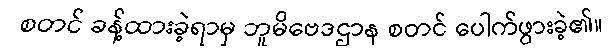
စတင် ခန့်ထားခဲ့ရာမှ ဘူမိဗေဒဌာန စတင် ပေါက်ဖွားခဲ့၏။